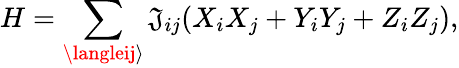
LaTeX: H=\sum_{\langleij\rangle}\mathfrak{J}_{ij}(X_{i}X_{j}+Y_{i}Y_{j}+Z_{i}Z_{j}),